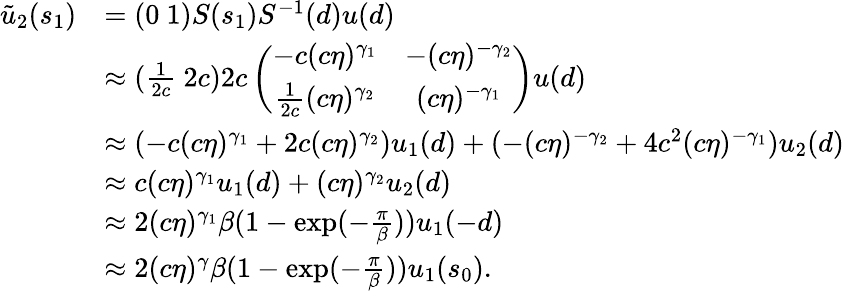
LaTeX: \begin{array}{rl}{\tilde{u}_{2}(s_{1})}&{=(0\ 1)S(s_{1})S^{-1}(d)u(d)}\\ &{\approx(\frac{1}{2c}\ 2c)2c\left(\begin{array}{cc}{-c(c\eta)^{\gamma_{1}}}&{-(c\eta)^{-\gamma_{2}}}\\ {\frac{1}{2c}(c\eta)^{\gamma_{2}}}&{(c\eta)^{-\gamma_{1}}}\end{array}\right)u(d)}\\ &{\approx(-c(c\eta)^{\gamma_{1}}+2c(c\eta)^{\gamma_{2}})u_{1}(d)+(-(c\eta)^{-\gamma_{2}}+4c^{2}(c\eta)^{-\gamma_{1}})u_{2}(d)}\\ &{\approx c(c\eta)^{\gamma_{1}}u_{1}(d)+(c\eta)^{\gamma_{2}}u_{2}(d)}\\ &{\approx 2(c\eta)^{\gamma_{1}}\beta(1-\exp(-\frac\pi\beta))u_{1}(-d)}\\ &{\approx 2(c\eta)^{\gamma}\beta(1-\exp(-\frac\pi\beta))u_{1}(s_{0}).}\end{array}